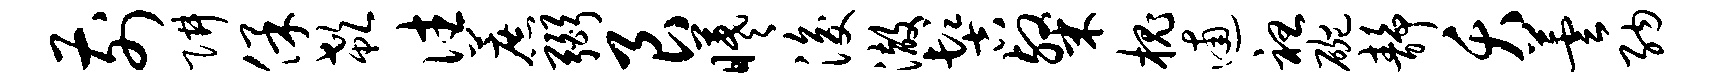
前阱保欷往蔗弼艮曦浚澈髻粲槐逋袒碗静夭芸纳